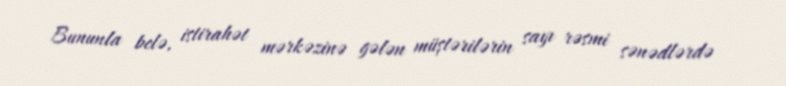
Bununla belə, istirahət mərkəzinə gələn müştərilərin sayı rəsmi sənədlərdə